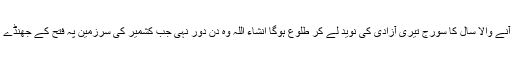
اے وادیٔ کشمیر آنے والا سال کا سورج تیری آزادی کی نوید لے کر طلوع ہوگا انشاء اللہ وہ دن دور نہی جب کشمیر کی سرزمین پہ فتح کے جھنڈے گاڑے جائینگے۔